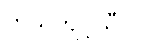
ကိုယ်ကျင့်သီလ